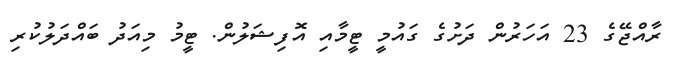
ރާއްޖޭގެ 23 އަހަރުން ދަށުގެ ގައުމީ ޓީމާއި އޮފިޝަލުން. ޓީމު މިއަދު ބައްދަލުކުރި